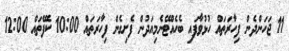
11 ޖަހަންދެން ފިހާރަތައް ހުޅުވާފައި ބެހެއްޓޭނެމިއަދުން ފެށިގެން ފިހާރަތައް 10:00 ކެފޭތައް 12:00